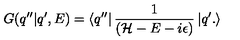
G ( q ^ { \prime \prime } | q ^ { \prime } , E ) = \left< q ^ { \prime \prime } \right| \frac { 1 } { ( { \cal { H } } - E - i \epsilon ) } \left| q ^ { \prime } . \right>